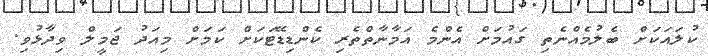
ކުލައަކަށް ބެލުމެއްނެތި ގައުމަށް އެންމެ އަމާނާތްތެރި ކެންޑިޑޭޓަކަށް ކަމަށް މިއަދު ޖަމީލް ވިދާޅުވި.